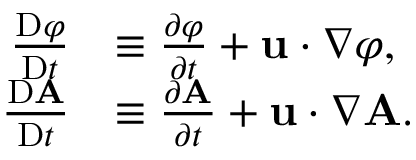
{ \begin{array} { r l } { { \frac { \mathrm { D } \varphi } { \mathrm { D } t } } } & { \equiv { \frac { \partial \varphi } { \partial t } } + \mathbf { u } \cdot \nabla \varphi , } \\ { { \frac { \mathrm { D } \mathbf { A } } { \mathrm { D } t } } } & { \equiv { \frac { \partial \mathbf { A } } { \partial t } } + \mathbf { u } \cdot \nabla \mathbf { A } . } \end{array} }